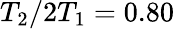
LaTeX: T_{2}/2T_{1}=0.80